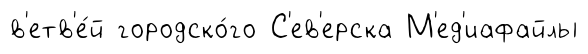
в'етв'е́й городско́го С'ев'ерска М'ед'иафайлы